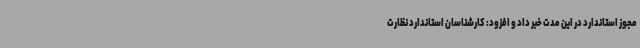
مجوز استاندارد در این مدت خبر داد و افزود: کارشناسان استاندارد نظارت